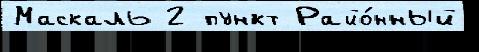
Маскаль 2 пункт Райо́нный